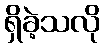
ရှိခဲ့သလို